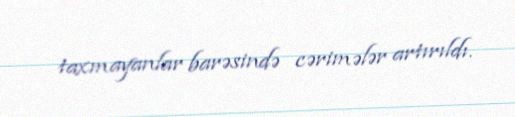
taxmayanlar barəsində cərimələr artırıldı.